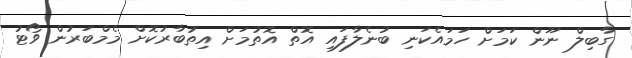
ގާބިލް ނޫން ކަމަށް ހަމައެކަނި ބުނެލާފައި އޮތް އޮތުމަށް އިތުބާރުކޮށް މެމްބަރުން ވޯޓު